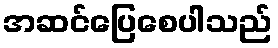
အဆင်ပြေစေပါသည်